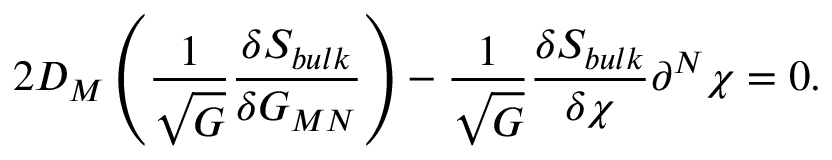
2 D _ { M } \left( \frac { 1 } { \sqrt { G } } \frac { \delta S _ { b u l k } } { \delta G _ { M N } } \right) - \frac { 1 } { \sqrt { G } } \frac { \delta S _ { b u l k } } { \delta \chi } \partial ^ { N } \chi = 0 .